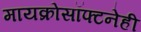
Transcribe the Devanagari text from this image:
मायक्रोसॉफ्टनेही